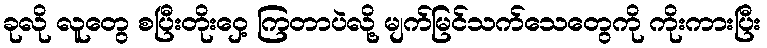
ခုလို လူတွေ စပြီးတိုးဝှေ့ ကြတာပဲလို့ မျက်မြင်သက်သေတွေကို ကိုးကားပြီး